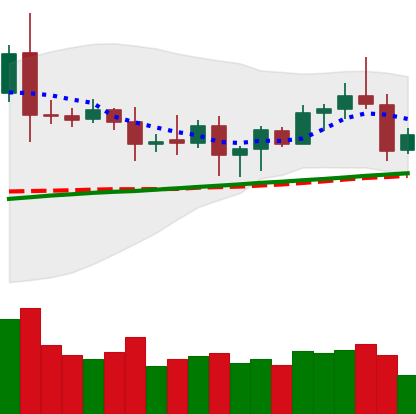
Ticker: ETC-USD
Chart end date: 2020-08-20
Forward return: -6.866%
Label: down_5_7